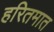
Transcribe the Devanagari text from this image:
हरितमात